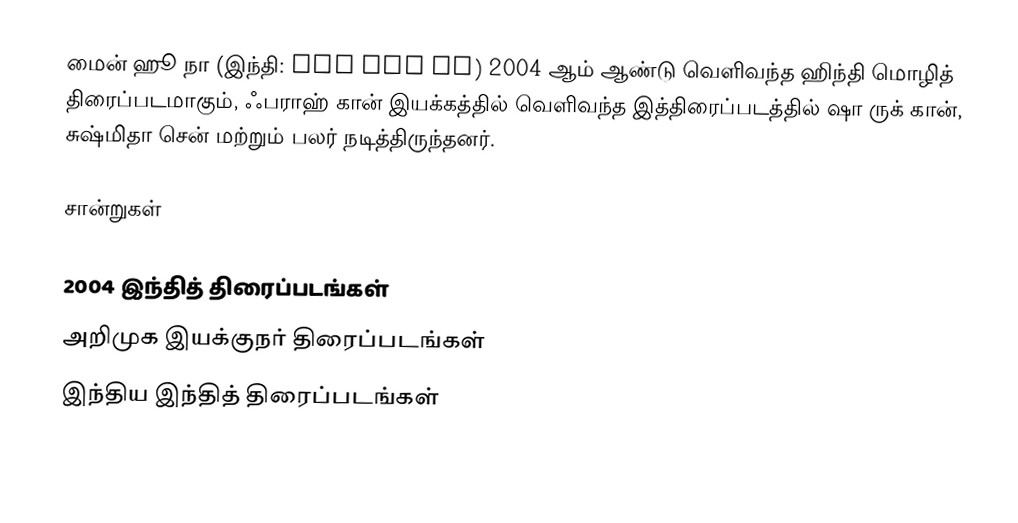
மைன் ஹூ நா (இந்தி: मैं हूँ ना) 2004 ஆம் ஆண்டு வெளிவந்த ஹிந்தி மொழித் திரைப்படமாகும், ஃபராஹ் கான் இயக்கத்தில் வெளிவந்த இத்திரைப்படத்தில் ஷா ருக் கான், சுஷ்மிதா சென் மற்றும் பலர் நடித்திருந்தனர்.

சான்றுகள்

2004 இந்தித் திரைப்படங்கள்
அறிமுக இயக்குநர் திரைப்படங்கள்
இந்திய இந்தித் திரைப்படங்கள்